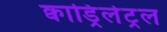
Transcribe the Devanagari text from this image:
क्वाड्रिलेट्रल